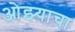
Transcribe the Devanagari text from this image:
ओझ्याचा